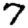
Digit: 7